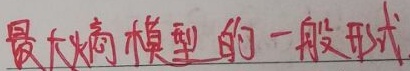
最大熵模型的一般形式